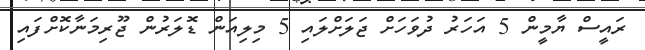
ރައީސް ޔާމީން 5 އަހަރު ދުވަހަށް ޖަލަށްލައި 5 މިލިއަން ޑޮލަރުން ޖޫރިމަނާކޮށްފައި